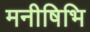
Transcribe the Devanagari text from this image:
मनीषिभि